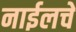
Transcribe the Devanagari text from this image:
नाईलचे